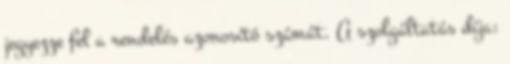
jegyezze fel a rendelés azonosító számát. A szolgáltatás díja: